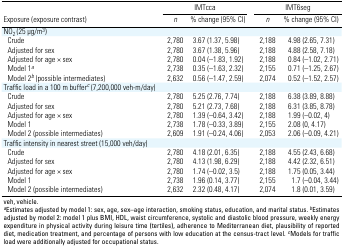
<table><thead><tr><td rowspan="2"><b>Exposure (exposure contrast)</b></td><td colspan="2"><b>IMTcca</b></td><td colspan="2"><b>IMT6seg</b></td></tr><tr><td><b>n</b></td><td><b>% change (95% CI)</b></td><td><b>n</b></td><td><b>% change (95% CI)</b></td></tr></thead><tbody><tr><td>NO2 (25 μg/m3)</td></tr><tr><td>Crude</td><td>2,780</td><td>3.67 (1.37, 5.98)</td><td>2,188</td><td>4.98 (2.65, 7.31)</td></tr><tr><td>Adjusted for sex</td><td>2,780</td><td>3.67 (1.38, 5.96)</td><td>2,188</td><td>4.88 (2.58, 7.18)</td></tr><tr><td>Adjusted for age × sex</td><td>2,780</td><td>0.04 (–1.83, 1.92)</td><td>2,188</td><td>0.84 (–1.02, 2.71)</td></tr><tr><td>Model 1a</td><td>2,738</td><td>0.35 (–1.63, 2.32)</td><td>2,155</td><td>0.71 (–1.25, 2.67)</td></tr><tr><td>Model 2b (possible intermediates)</td><td>2,632</td><td>0.56 (–1.47, 2.59)</td><td>2,074</td><td>0.52 (–1.52, 2.57)</td></tr><tr><td>Traffic load in a 100 m bufferc (7,200,000 veh-m/day)</td></tr><tr><td>Crude</td><td>2,780</td><td>5.25 (2.76, 7.74)</td><td>2,188</td><td>6.38 (3.89, 8.88)</td></tr><tr><td>Adjusted for sex</td><td>2,780</td><td>5.21 (2.73, 7.68)</td><td>2,188</td><td>6.31 (3.85, 8.78)</td></tr><tr><td>Adjusted for age × sex</td><td>2,780</td><td>1.39 (–0.64, 3.42)</td><td>2,188</td><td>1.99 (–0.02, 4)</td></tr><tr><td>Model 1</td><td>2,738</td><td>1.78 (–0.33, 3.89)</td><td>2,155</td><td>2.08 (0, 4.17)</td></tr><tr><td>Model 2 (possible intermediates)</td><td>2,609</td><td>1.91 (–0.24, 4.06)</td><td>2,053</td><td>2.06 (–0.09, 4.21)</td></tr><tr><td>Traffic intensity in nearest street (15,000 veh/day)</td></tr><tr><td>Crude</td><td>2,780</td><td>4.18 (2.01, 6.35)</td><td>2,188</td><td>4.55 (2.43, 6.68)</td></tr><tr><td>Adjusted for sex</td><td>2,780</td><td>4.13 (1.98, 6.29)</td><td>2,188</td><td>4.42 (2.32, 6.51)</td></tr><tr><td>Adjusted for age × sex</td><td>2,780</td><td>1.74 (–0.02, 3.5)</td><td>2,188</td><td>1.75 (0.05, 3.44)</td></tr><tr><td>Model 1</td><td>2,738</td><td>1.96 (0.14, 3.77)</td><td>2,155</td><td>1.7 (–0.04, 3.44)</td></tr><tr><td>Model 2 (possible intermediates)</td><td>2,632</td><td>2.32 (0.48, 4.17)</td><td>2,074</td><td>1.8 (0.01, 3.59)</td></tr><tr><td colspan="8">veh, vehicle. aEstimates adjusted by model 1: sex, age,sex–age interaction, smoking status, education, and marital status.bEstimates adjusted by model 2: model 1 plus BMI, HDL, waistcircumference, systolic and diastolic blood pressure, weekly energyexpenditure in physical activity during leisure time (tertiles),adherence to Mediterranean diet, plausibility of reported diet,medication treatment, and percentage of persons with low education atthe census-tract level. cModels for traffic load were additionallyadjusted for occupational status.</td></tr></tbody></table>